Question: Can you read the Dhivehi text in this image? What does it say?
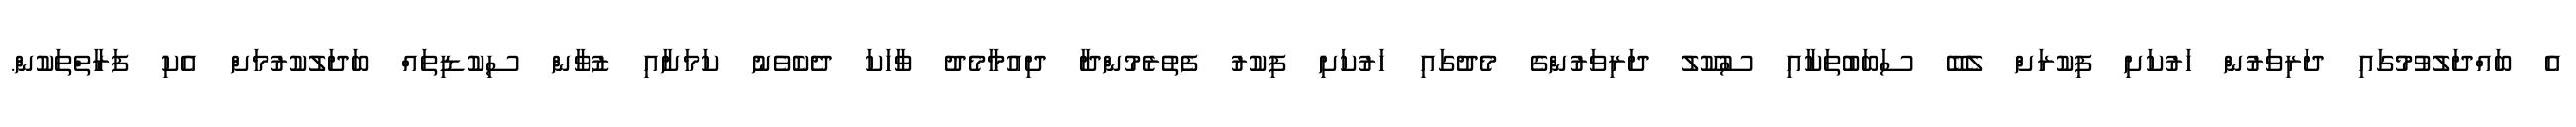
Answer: އެ ބައްދަލުވުމުގައި ދަރިވަރުން ހަރުކަށި ފިކުރަށް ލެބޭ ސަބަބުތަކާއި ސުކޫލު ދަރިވަރުންގެ މެދުގައި ހަރުކަށި ފިކުރު ފެތުރެމުންދާ ދިއުމާމެދު ވާހަކަ ދެކެވެނު ކަމަށާއި ޒުވާން ސިކުޑިތައް ބަދަލުކުރުމަށް އެކި ފަރާތްތަކުން.